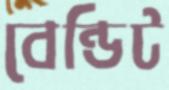
বেন্ডিট